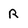
Character: R